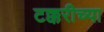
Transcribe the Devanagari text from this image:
टक्करीच्या